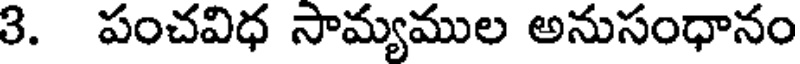
3. పంచవిధ సామ్యముల అనుసంధానం